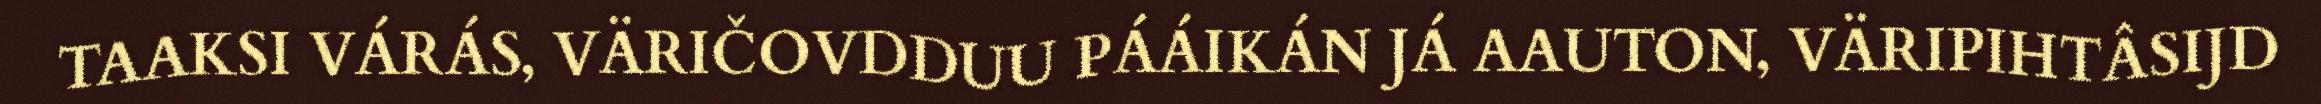
TAAKSI VÁRÁS, VÄRIČOVDDUU PÁÁIKÁN JÁ AAUTON, VÄRIPIHTÂSIJD